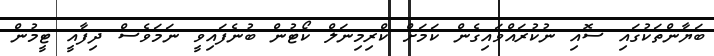
ބަޔާންތަކުގައި ސޮއި ނުކުރައްވައިގެން ކަމަށް ކްރިމިނަލް ކޯޓުން ބުނެފައިވީ ނަމަވެސް ދިފާއީ ޓީމުން